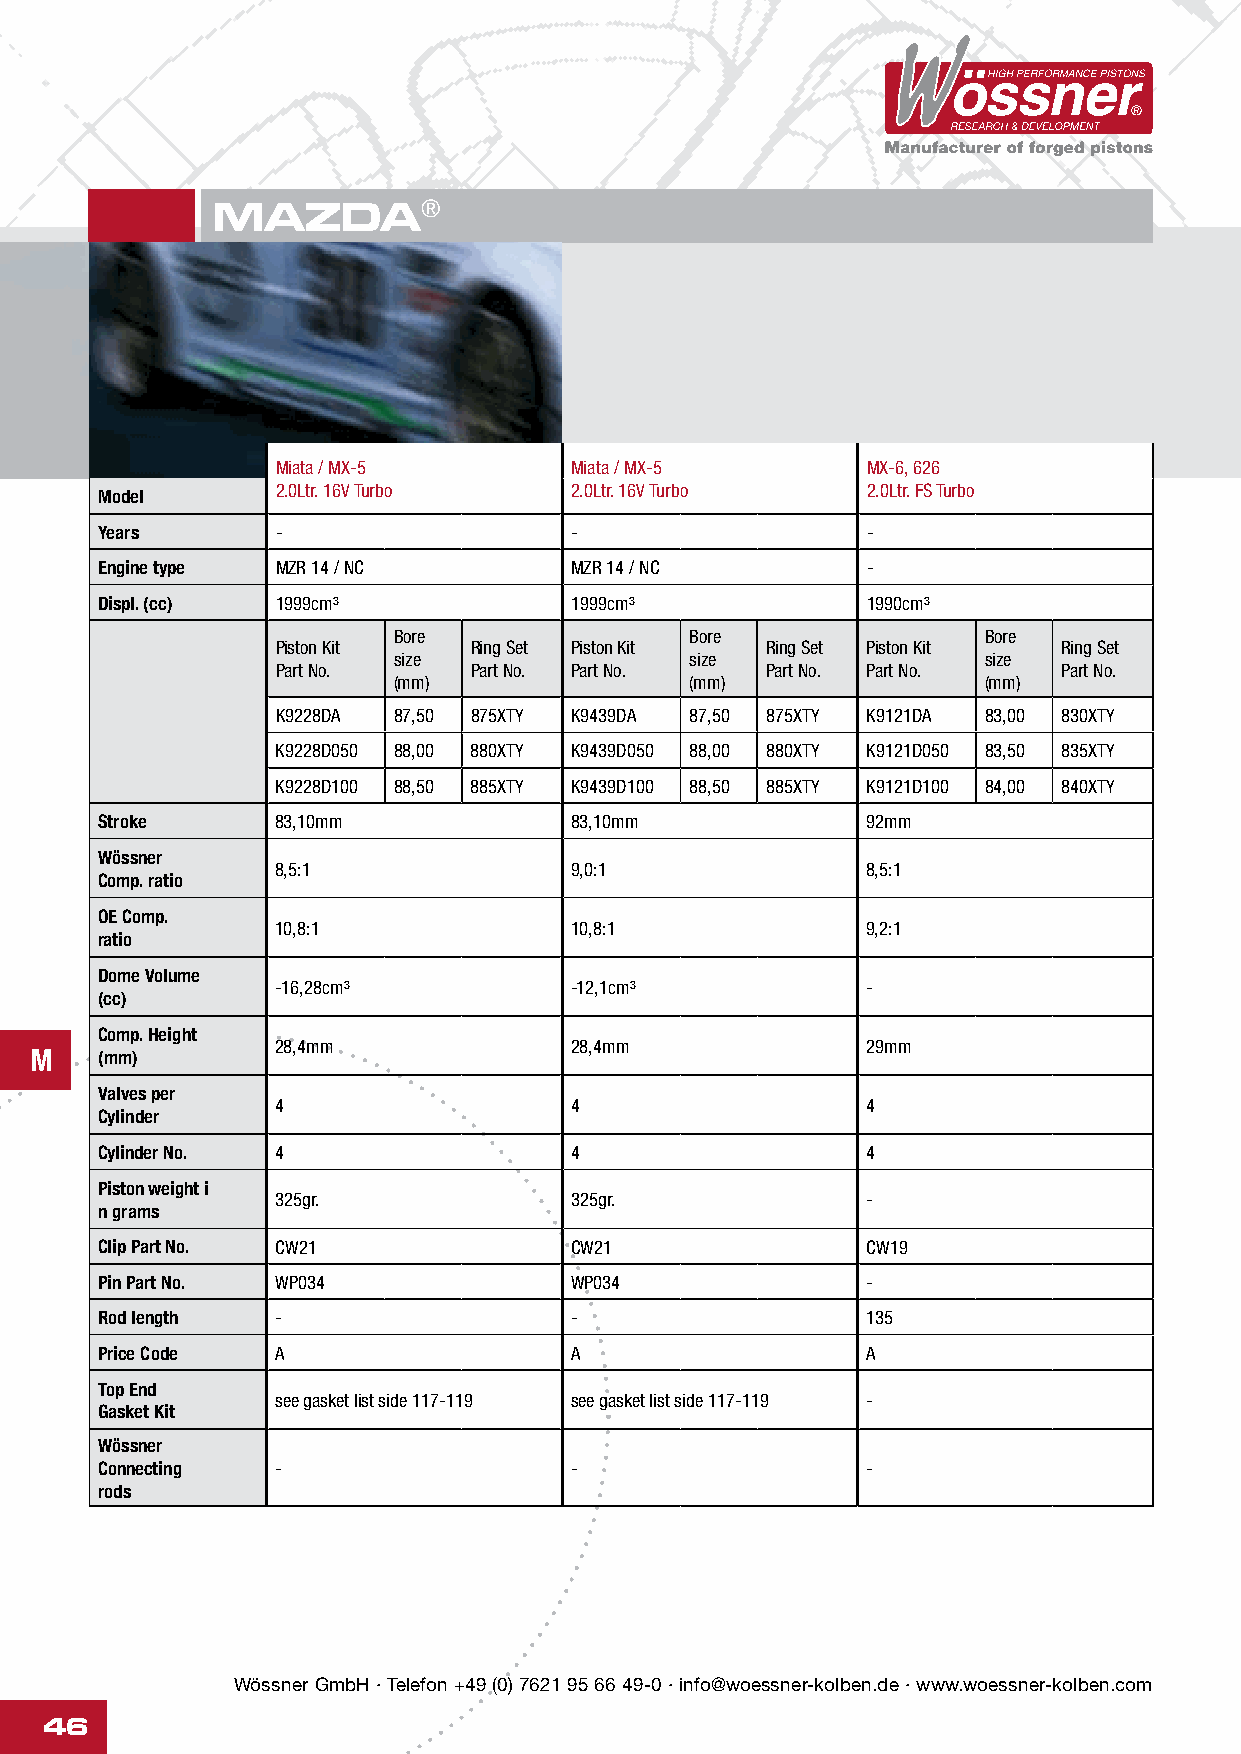
MAZDA®
 Miata / MX-5        Miata / MX-5       MX-6, 626
 2.0Ltr. 16V Turbo   2.0Ltr. 16V Turbo  2.0Ltr. FS Turbo
 Model
 Years      -                   -                  -
 Engine type MZR 14 / NC        MZR 14 / NC        -
 Displ. (cc) 1999cm³            1999cm³            1990cm³
 Bore                Bore               Bore
 Piston Kit   Ring Set Piston Kit Ring Set Piston Kit Ring Set
 size                size               size
 Part No.     Part No. Part No.   Part No. Part No.  Part No.
 (mm)                (mm)               (mm)
 K9228DA 87,50 875XTY K9439DA 87,50 875XTY K9121DA 83,00 830XTY
 K9228D050 88,00 880XTY K9439D050 88,00 880XTY K9121D050 83,50 835XTY
 K9228D100 88,50 885XTY K9439D100 88,50 885XTY K9121D100 84,00 840XTY
 Stroke      83,10mm             83,10mm            92mm
 Wössner
 8,5:1               9,0:1              8,5:1
 Comp. ratio
 OE Comp.
 10,8:1              10,8:1             9,2:1
 ratio
 Dome Volume
 -16,28cm³           -12,1cm³           -
 (cc)
 Comp. Height
 28,4mm              28,4mm             29mm
 M   (mm)
 Valves per
 4                   4                  4
 Cylinder
 Cylinder No. 4                  4                  4
 Piston weight i
 325gr.              325gr.             -
 n grams
 Clip Part No. CW21              CW21               CW19
 Pin Part No. WP034              WP034              -
 Rod length  -                   -                  135
 Price Code  A                   A                  A
 Top End
 see gasket list side 117-119 see gasket list side 117-119 -
 Gasket Kit
 Wössner
 Connecting  -                   -                  -
 rods
 Wössner GmbH · Telefon +49 (0) 7621 95 66 49-0 · info@woessner-kolben.de · www.woessner-kolben.com
 46